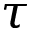
\tau